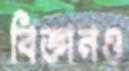
বিজ্ঞানও